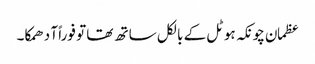
عظمان چونکہ ہوٹل کے بالکل ساتھ تھا تو فوراً آ دھمکا۔